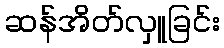
ဆန်အိတ်လှူခြင်း